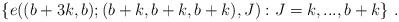
LaTeX: \begin{align*} \{e((b+3k,b);(b+k,b+k,b+k), J): J = k,...,b+k\} \ .\end{align*}